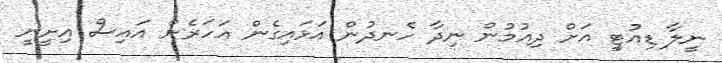
ނީލާ ޑިއުޓީ އަށް ދިއުމުން ނިދާ ހެނދުން އަޅައިގެން އަހަރެން އައިސް އިށީނީ